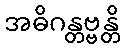
အဓိဂန္တဗ္ဗန္တိ